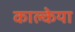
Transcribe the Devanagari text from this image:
काल्केया